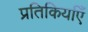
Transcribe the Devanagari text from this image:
प्रतिकिर्याएँ